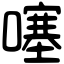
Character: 噻